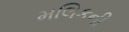
મલિકની